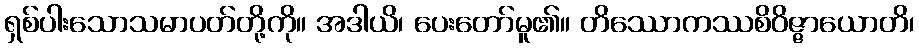
ရှစ်ပါးသောသမာပတ်တို့ကို။ အဒါယိ၊ ပေးတော်မူ၏။ တိဿောကဿစိဝိဇ္ဇာယောတိ၊